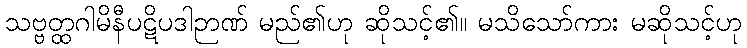
သဗ္ဗတ္ထဂါမိနီပဋိပဒါဉာဏ် မည်၏ဟု ဆိုသင့်၏။ မသိသော်ကား မဆိုသင့်ဟု